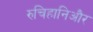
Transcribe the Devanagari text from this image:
रुचिहानिऔर